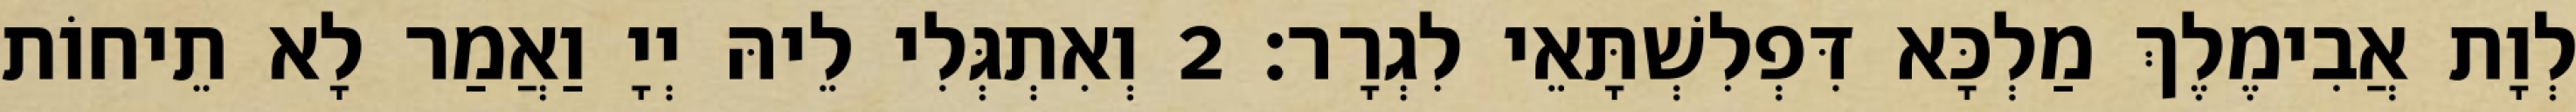
לְוָת אֲבִימֶלֶךְ מַלְכָּא דִּפְלִשְׁתָּאֵי לִגְרָר׃ 2 וְאִתְגְּלִי לֵיהּ יְיָ וַאֲמַר לָא תֵיחוֹת